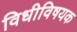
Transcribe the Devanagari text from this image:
विधीविषयक